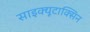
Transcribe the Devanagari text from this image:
साइक्यूटाक्सिन